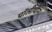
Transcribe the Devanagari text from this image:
पॉलीथीन।